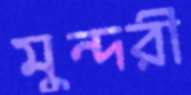
মুন্দরী